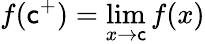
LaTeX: f(\mathsf{c}^{+})=\operatorname*{lim}_{x\to\mathsf{c}}f(x)